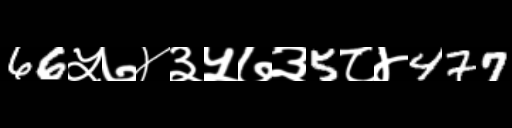
Text: 66५७४३५७३5८४477